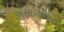
એસઇઆરસી